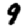
Digit: 9